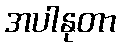
အပါနုတာ